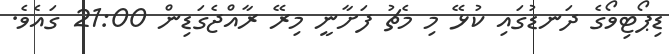
ޑިޕޯޓިވޯގެ ދަނޑުގައި ކުޅޭ މި މެޗު ފަށާނީ މިރޭ ރާއްޖެގަޑިން 21:00 ގައެވެ.